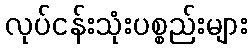
လုပ်ငန်းသုံးပစ္စည်းများ